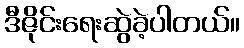
ဒီဇိုင်းရေးဆွဲခဲ့ပါတယ်။